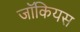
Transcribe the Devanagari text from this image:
जॉकियस